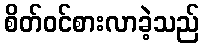
စိတ်ဝင်စားလာခဲ့သည်